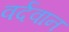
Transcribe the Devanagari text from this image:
वर्दवान